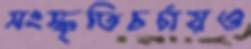
সংস্কৃতিচর্চায়ও